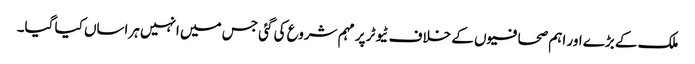
ملک کے بڑے اور اہم صحافیوں کے خلاف ٹیوٹر پر مہم شروع کی گئی جس میں انہیں ہراساں کیا گیا۔